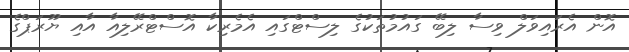
އޮން އެރައިވަލް ވިސާ ލިބޭ ގައުމުތަކުގެ ލިސްޓްގައި އެމެރިކާ އޮސްޓްރޭލިއާ އާއި ޔޫރަޕްގެ